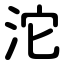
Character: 沱